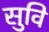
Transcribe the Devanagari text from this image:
सुवि